Indian journal of veterinary science and animal husbandry - Volume 3,
Year: 1933
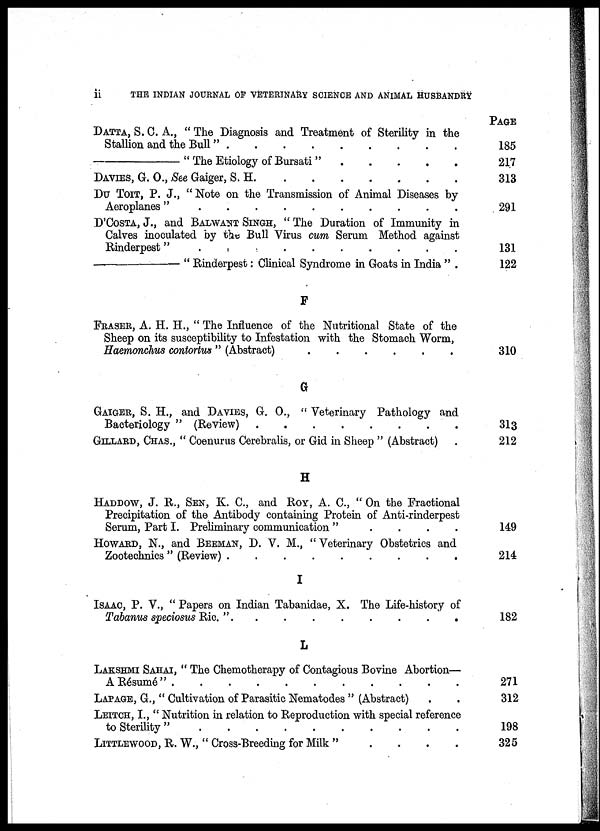
ii
THE INDIAN JOURNAL OF VETERINARY SCIENCE AND ANIMAL HUSBANDRY
DATTA, S. C. A., " The Diagnosis and Treatment of Sterility in the
Stallion and the Bull"
.
.
.
.
.
.
.
.
—
" The Etiology of Bursati"
.
.
.
.
.
DAVIES, G. O., See Gaiger, S. H . . . . . . . .
DU TOIT, P. J., " Note on the Transmission of Animal Diseases by
Aeroplanes" . . . . . . . .
D'COSTA, J., and BALWANT SINGH, "The Duration of Immunity in
Calves inoculated by the Bull Virus cum Serum Method against
Rinderpest"
.
.
.
.
.
.
.
.
—
"Rinderpest: Clinical Syndrome in Goats in India " .
F
FRASER, A. H. H., " The Influence of the Nutritional State of the
Sheep on its susceptibility to Infestation with the Stomach Worm,
Haemonchus contortus " (Abstract) . . . . . . . .
G
GAIGER, S. H., and DAVIES, G. O., " Veterinary Pathology and
Bacteriology " (Review) . . . . . . . .
GELLARD, CHAS., " Coenurus Cerebralis, or Gid in Sheep " (Abstract) .
H
HADDOW, J. R., SEN, K. C, and ROY, A. C, " On the Fractional
Precipitation of the Antibody containing Protein of Anti-rinderpest
Serum, Part I. Preliminary communication "
HOWARD, N., and BEEMAN, D. V. M., "Veterinary Obstetrics and
Zootechnics " (Review) . . . . . . . .
I
ISSAC, P. V., " Papers on Indian Tabanidae, X. The Life-history of
Tabanus speciosus Ric. "
.
.
.
.
.
.
.
.
L
LAKSHMI SAHAI, " The Chemotherapy of Contagious Bovine Abortion—
A Résumé"
.
.
.
.
.
.
.
.
LAPAGE, G., " Cultivation of Parasitic Nematodes " (Abstract) . .
LEITCH, I.," Nutrition in relation to Reproduction with special reference
to Sterility " . . . . . . . .
LITTLEWOOD, R. W., " Cross-Breeding for Milk " . . . . . . . .
PAGE
185
217
313
291
131
122
310
313
212
149
214
182
271
312
198
325